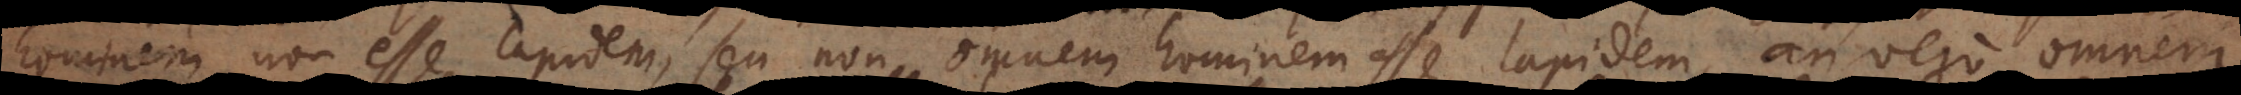
hominem non esse lapidem, seu non omnem hominem esse lapidem, an vero omnem